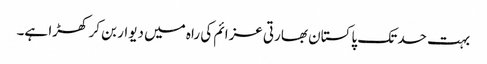
بہت حد تک پاکستان بھارتی عزائم کی راہ میں دیوار بن کر کھڑا ہے۔